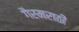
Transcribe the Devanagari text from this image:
गैरमराठी